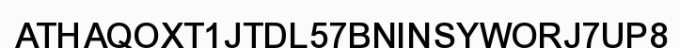
ATHAQOXT1JTDL57BNINSYWORJ7UP8